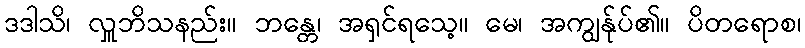
ဒဒါသိ၊ လှူဘိသနည်း။ ဘန္တေ၊ အရှင်ရသေ့။ မေ၊ အကျွန်ုပ်၏။ ပိတရောစ၊